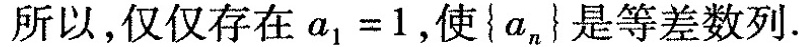
所以，仅仅存在$$a _ { 1 } = 1$$，使{a_{n}}是等差数列.